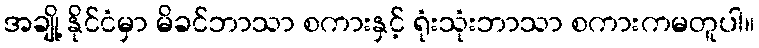
အချို့ နိုင်ငံမှာ မိခင်ဘာသာ စကားနှင့် ရုံးသုံးဘာသာ စကားကမတူပါ။